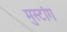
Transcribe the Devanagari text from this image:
मुस्टांग